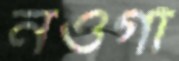
নওগাঁ